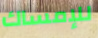
للإمساك